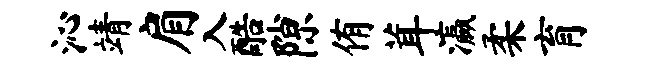
沁靖肩入酷隙侑茸瀛柔育